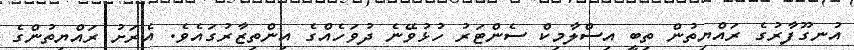
އުނގޫފާރުގެ ރައްޔިތުން ތިބީ އިސްލާމިކް ސެންޓަރު ހުޅުވޭނެ ދުވަހެއްގެ އިންތިޒާރުގައެވެ. އެރަށު ރައްޔިތުންގެ